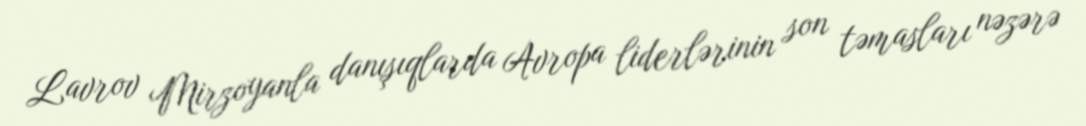
Lavrov Mirzoyanla danışıqlarda Avropa liderlərinin son təmasları nəzərə